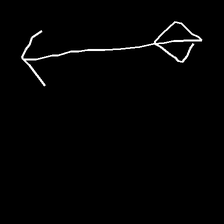
Glyph: focus